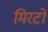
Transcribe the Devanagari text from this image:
मिरटो